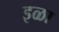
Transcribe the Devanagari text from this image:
इळा